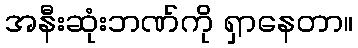
အနီးဆုံးဘဏ်ကို ရှာနေတာ။